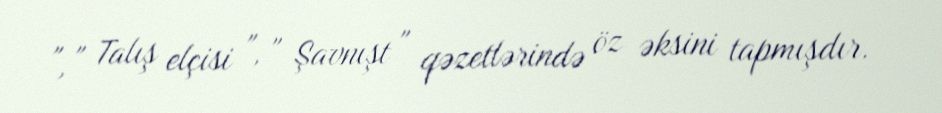
", " Talış elçisi ", " Şavnışt " qəzetlərində öz əksini tapmışdır.